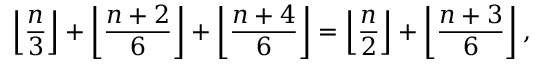
\left\lfloor { \frac { n } { 3 } } \right\rfloor + \left\lfloor { \frac { n + 2 } { 6 } } \right\rfloor + \left\lfloor { \frac { n + 4 } { 6 } } \right\rfloor = \left\lfloor { \frac { n } { 2 } } \right\rfloor + \left\lfloor { \frac { n + 3 } { 6 } } \right\rfloor ,